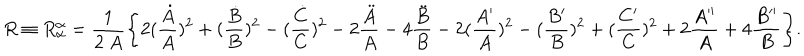
LaTeX: R \equiv R _ { \alpha } ^ { \alpha } = \frac { 1 } { 2 ~ A } \Biggl \{ 2 ( \frac { \dot { A } } { A } ) ^ { 2 } + ( \frac { \dot { B } } { B } ) ^ { 2 } - ( \frac { \dot { C } } { C } ) ^ { 2 } - 2 \frac { \ddot { A } } { A } - 4 \frac { \ddot { B } } { B } - 2 ( \frac { A ^ { \prime } } { A } ) ^ { 2 } - ( \frac { B ^ { \prime } } { B } ) ^ { 2 } + ( \frac { C ^ { \prime } } { C } ) ^ { 2 } + 2 \frac { A ^ { \prime \prime } } { A } + 4 \frac { B ^ { \prime \prime } } { B } \Biggr \} .